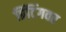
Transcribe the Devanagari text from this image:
प्रिंटिंगवर